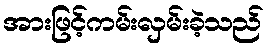
အားဖြင့်ကမ်းလှမ်းခဲ့သည်